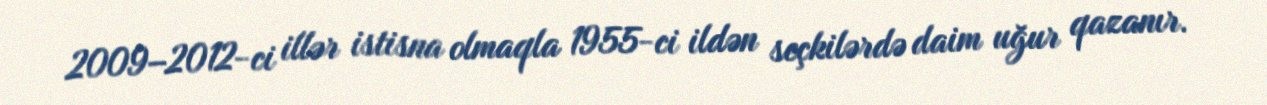
2009–2012-ci illər istisna olmaqla 1955-ci ildən seçkilərdə daim uğur qazanır.